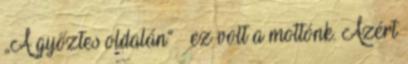
„A győztes oldalán” – ez volt a mottónk. Azért